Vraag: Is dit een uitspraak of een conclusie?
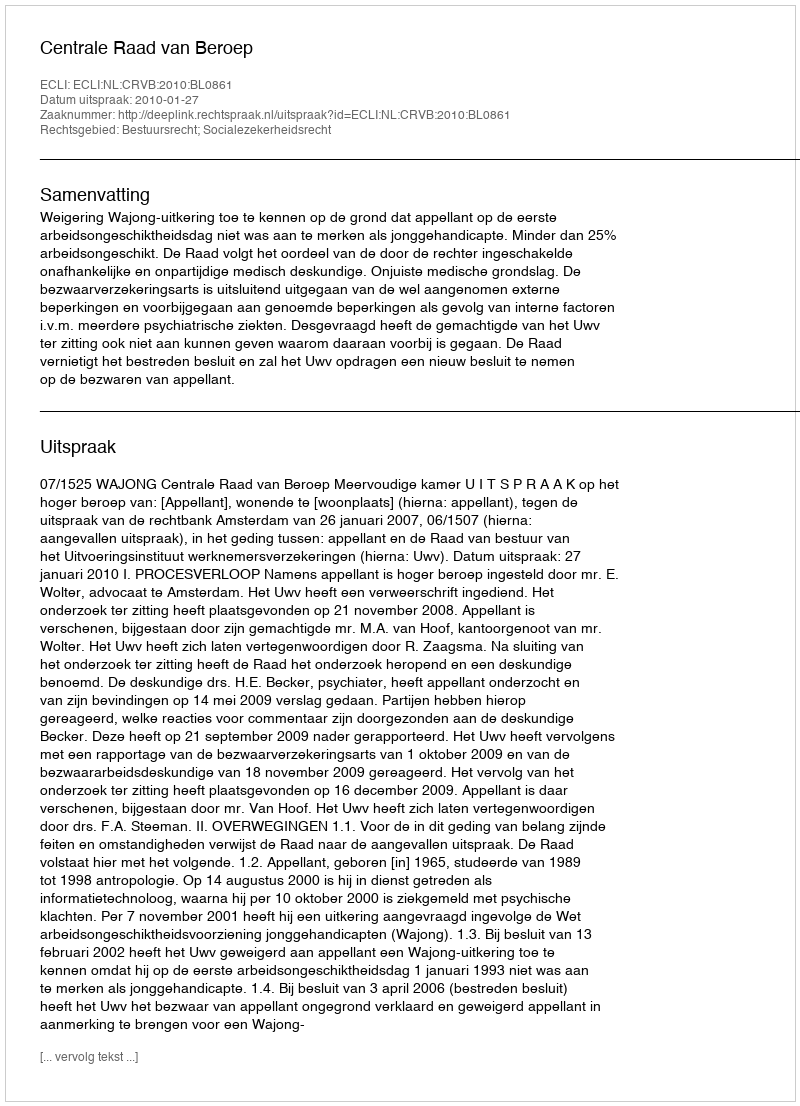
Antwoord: Uitspraak